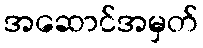
အဆောင်အမှတ်